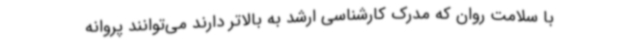
با سلامت روان که مدرک کارشناسی ارشد به بالاتر دارند می‌توانند پروانه